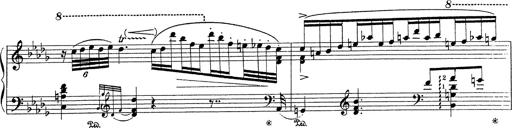
Title: Grosses Konzertsolo
Composer: Franz Liszt